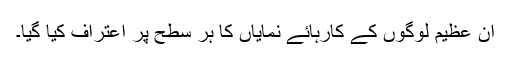
ان عظیم لوگوں کے کارہائے نمایاں کا ہر سطح پر اعتراف کیا گیا۔